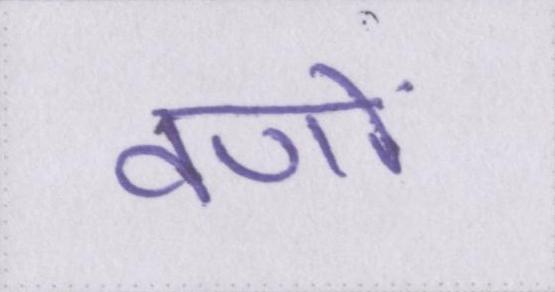
वणों